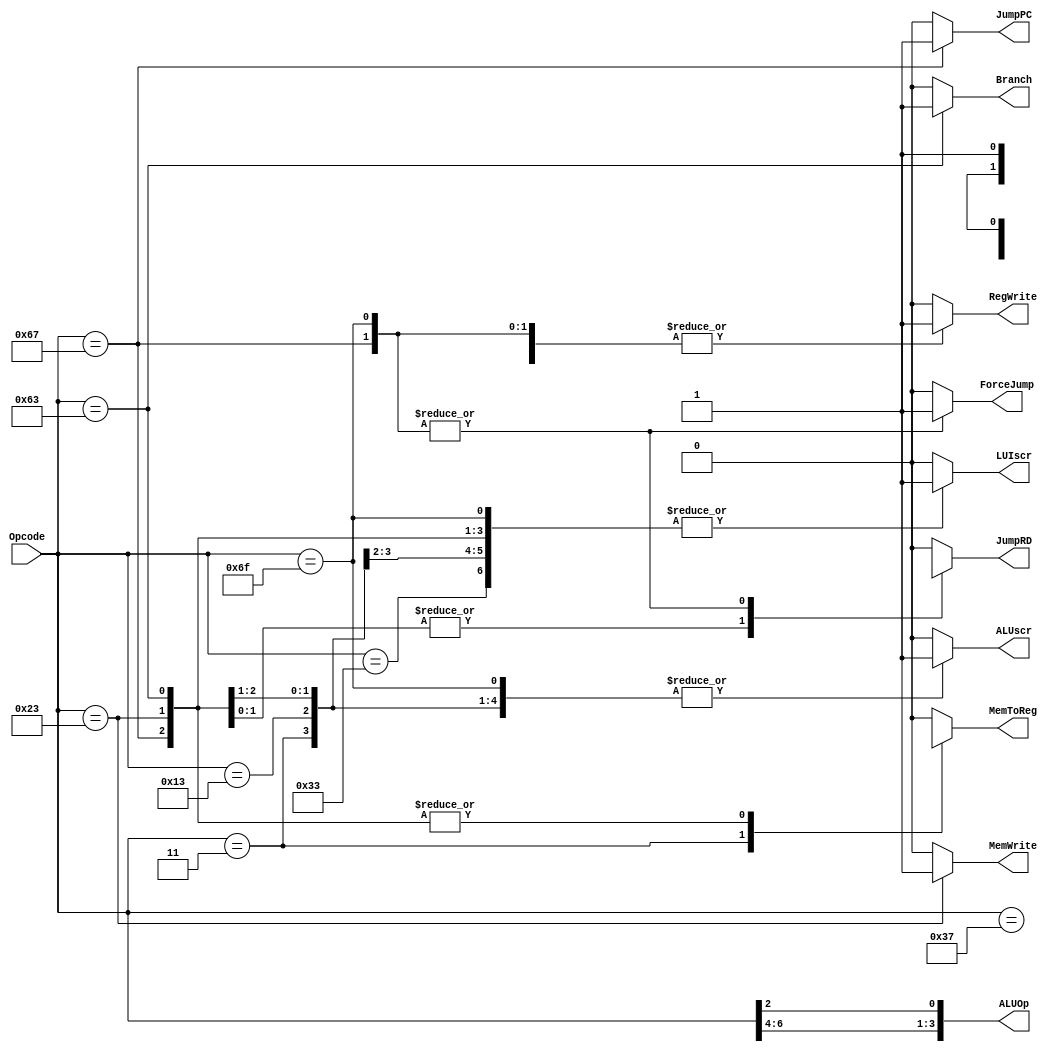
`timescale 1ns / 1ps
//	Bloque que se encarga de poner los valores correspondientes a cada una de las senales de control.
//	Entradas: Opcode
//	Salida: ALUOp,ForceJump,Branch,JumpPC,JumpRD,MemToReg,MemWrite,ALUscr,LUIscr,RegWrite 
/*
	Procedimiento: 
	Se realiza un case para hacer referencia a la lgica combinacional y en funcin de cada caso
	del valor de Opcode se generan los valores correspondientes de las seales de control.
*/

module UC	(
				input wire [6:0] Opcode,
				output wire [3:0] ALUOp,
				output reg ForceJump,Branch,JumpPC,JumpRD,MemToReg,MemWrite,ALUscr,LUIscr,RegWrite 
				); 
	
	assign ALUOp = {Opcode[6:4],Opcode[2]};
	always @(*)
		case(Opcode)
		//######################################################################################
			7'b0110011:		begin							// Tipo R	(add/sub)
									ForceJump	<= 1'b0;
									Branch 		<= 1'b0;
									JumpPC 		<= 1'b0;
									JumpRD 		<= 1'b0;
									MemToReg		<= 1'b0;
									MemWrite		<= 1'b0;
									ALUscr 		<= 1'b0;
									LUIscr 		<= 1'b1;
									RegWrite 	<= 1'b1;
								end
		//######################################################################################
			7'b0000011:		begin							// Tipo I	(lw/lbu)
									ForceJump 	<= 1'b0;
									Branch 		<= 1'b0;
									JumpPC 		<= 1'b0;
									JumpRD 		<= 1'b0;
									MemToReg 	<= 1'b1;
									MemWrite 	<= 1'b0;
									ALUscr 		<= 1'b1;
									LUIscr 		<= 1'b1;
									RegWrite 	<= 1'b1;
								end
		//######################################################################################
			7'b0010011:		begin							// Tipo I	(addi/andi/srli/slli/srai/mv/nop)
									ForceJump 	<= 1'b0;
									Branch 		<= 1'b0;
									JumpPC 		<= 1'b0;
									JumpRD 		<= 1'b0;
									MemToReg 	<= 1'b0;
									MemWrite 	<= 1'b0;
									ALUscr 		<= 1'b1;
									LUIscr 		<= 1'b1;
									RegWrite 	<= 1'b1;
								end
		//######################################################################################
			7'b1100111:		begin							// Tipo I	(jalr)
									ForceJump 	<= 1'b1;
									Branch 		<= 1'b0;
									JumpPC 		<= 1'b1;
									JumpRD 		<= 1'b1;
									MemToReg 	<= 1'bx;
									MemWrite 	<= 1'b0;
									ALUscr 		<= 1'b1;
									LUIscr 		<= 1'b1;
									RegWrite 	<= 1'b1;
								end
		//######################################################################################
			7'b0100011:		begin							// Tipo S	(sw,sb)
									ForceJump 	<= 1'b0;
									Branch 		<= 1'b0;
									JumpPC 		<= 1'b0;
									JumpRD 		<= 1'bx;
									MemToReg 	<= 1'bx;
									MemWrite 	<= 1'b1;
									ALUscr 		<= 1'b1;
									LUIscr 		<= 1'b1;
									RegWrite 	<= 1'b0;
								end
		//######################################################################################
			7'b1100011:		begin							// Tipo B	(bne)
									ForceJump 	<= 1'b0;
									Branch 		<= 1'b1;
									JumpPC 		<= 1'b0;
									JumpRD 		<= 1'bx;
									MemToReg 	<= 1'bx;
									MemWrite 	<= 1'b0;
									ALUscr 		<= 1'b0;
									LUIscr 		<= 1'b1;
									RegWrite 	<= 1'b0;
								end
		//######################################################################################
			7'b0110111:		begin							// Tipo U	(lui)
									ForceJump 	<= 1'b0;
									Branch 		<= 1'b0;
									JumpPC 		<= 1'b0;
									JumpRD 		<= 1'b0;
									MemToReg 	<= 1'b0;
									MemWrite 	<= 1'b0;
									ALUscr 		<= 1'b1;
									LUIscr 		<= 1'b0;
									RegWrite 	<= 1'b1;
								end
		//######################################################################################
			7'b1101111:		begin							// Tipo J	(jal,j)
									ForceJump 	<= 1'b1;
									Branch 		<= 1'b0;
									JumpPC 		<= 1'b0;
									JumpRD		<= 1'b1;
									MemToReg 	<= 1'b0;
									MemWrite 	<= 1'b0;
									ALUscr 		<= 1'b1;
									LUIscr 		<= 1'b1;
									RegWrite 	<= 1'b1;
								end
		//######################################################################################
			default:			begin							// Otros casos
									ForceJump 	<= 1'b0;
									Branch 		<= 1'b0;
									JumpPC 		<= 1'b0;
									JumpRD 		<= 1'b0;
									MemToReg 	<= 1'b0;
									MemWrite 	<= 1'b0;
									ALUscr 		<= 1'b0;
									LUIscr 		<= 1'b0;
									RegWrite 	<= 1'b0;
								end
		//######################################################################################
		endcase
endmodule